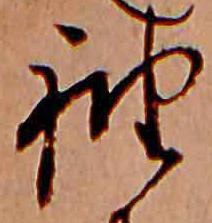
袖